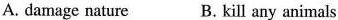
A. damage nature B. kill any animals